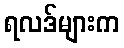
ရလဒ်များက